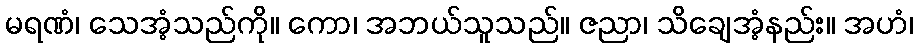
မရဏံ၊ သေအံ့သည်ကို။ ကော၊ အဘယ်သူသည်။ ဇညာ၊ သိချေအံ့နည်း။ အဟံ၊